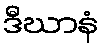
ဒီဃာနံ